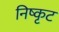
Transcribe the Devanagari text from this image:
निष्कृट